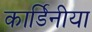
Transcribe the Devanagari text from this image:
कार्डिनीया